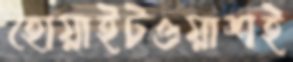
হোয়াইটওয়াশই